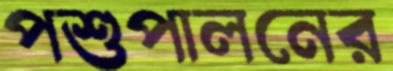
পশুপালনের